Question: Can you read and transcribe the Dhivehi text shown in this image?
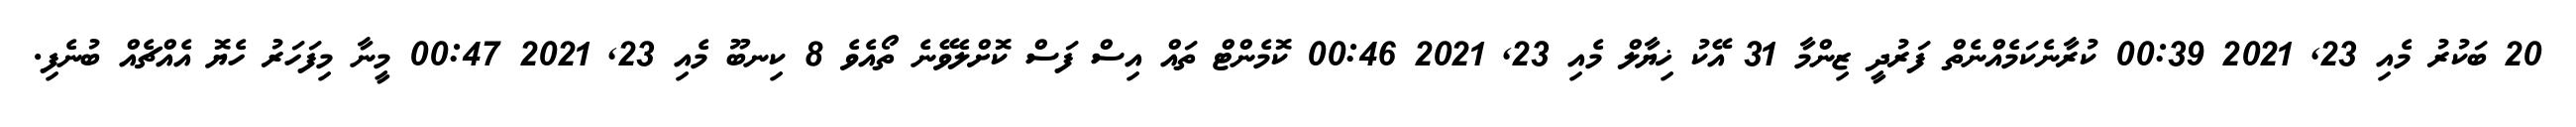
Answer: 20 ބަކުރު މެއި 23, 2021 00:39 ކުރާނެކަމެއްނެތް ފަރުދީ ޒިންމާ 31 އޭކު ޚިޔާލް މެއި 23, 2021 00:46 ކޮމެންޓް ތައް އިސް ފަސް ކޮށްލެވޭނެ ތޯއެވެ 8 ކިނބޫ މެއި 23, 2021 00:47 މީނާ މިފަހަރު ހެޔޮ އެއްޗެއް ބުނެފި.